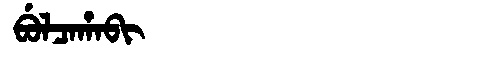
Manchu: ᠪᡠᠯᠴᠠᡥᠠᠪᡳ
Romanization: BULCAHABI